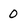
Character: 0